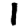
Digit: 1